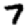
Digit: 7